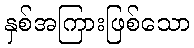
နှစ်အကြားဖြစ်သော